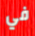
في